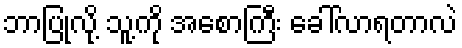
ဘာပြုလို့ သူ့ကို အစောကြီး ခေါ်လာရတာလဲ